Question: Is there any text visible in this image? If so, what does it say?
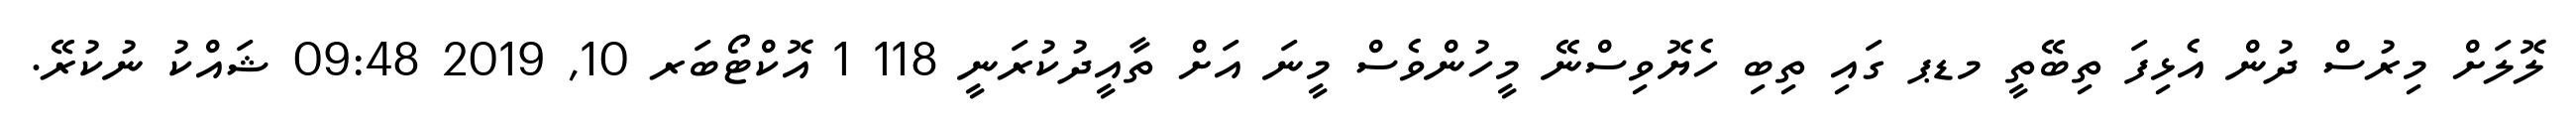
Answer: ލޮލަށް މިރުސް ދުން އެޅިފަ ތިބޭތީ މޑޕ ގައި ތިބި ހެޔޮވިސްނޭ މީހުންވެސް މީނަ އަށް ތާއީދުކުރަނީ 118 1 އޮކްޓޯބަރ 10, 2019 09:48 ޝައްކު ނުކުރޭ.